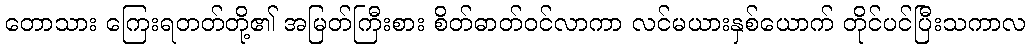
တောသား ကြေးရတတ်တို့၏ အမြတ်ကြီးစား စိတ်ဓာတ်ဝင်လာကာ လင်မယားနှစ်ယောက် တိုင်ပင်ပြီးသကာလ